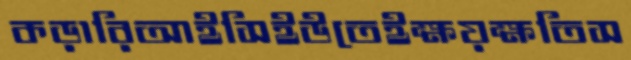
কড়ারিআইসিইউতেইক্ষয়ক্ষতিস